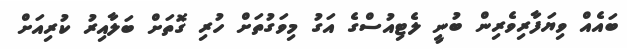
ބައެއް ވިޔަފާރިވެރިން ބުނީ ލެޓިއުސްގެ އަގު މިވަގުތަށް ހުރި ގޮތަށް ބަލާއިރު ކުރިއަށް